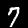
Digit: 7